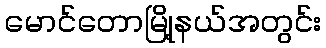
မောင်တောမြို့နယ်အတွင်း